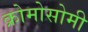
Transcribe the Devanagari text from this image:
क्रोमोसोमी